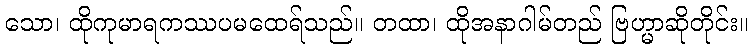
သော၊ ထိုကုမာရကဿပမထေရ်သည်။ တထာ၊ ထိုအနာဂါမ်တည် ဗြဟ္မာဆိုတိုင်း။